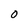
Character: 0